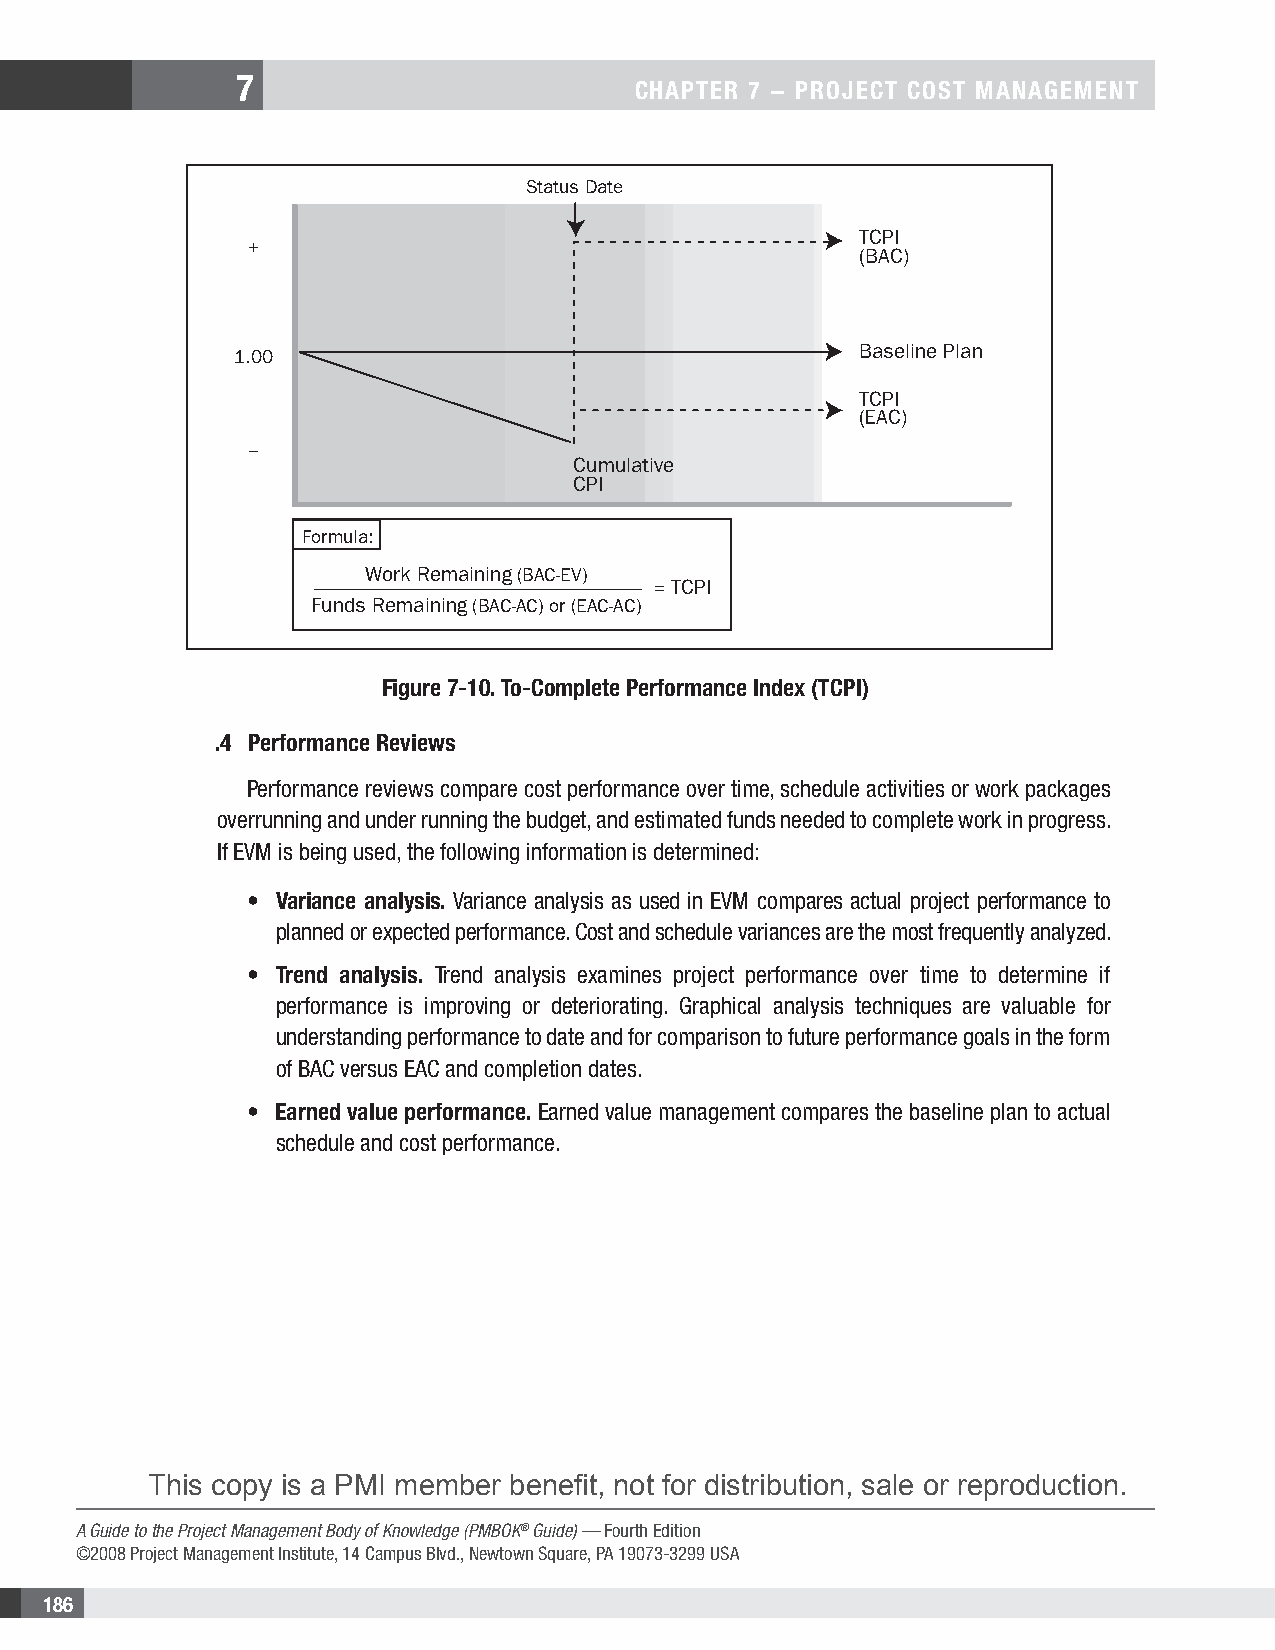
7
 CHAPTER 7 − PROjECT COsT MAnAgEMEnT
 Status Date
 TCPI
 +
 (BAC)
 Baseline Plan
 1.00
 TCPI
 (EAC)
 –
 Cumulative
 CPI
 Formula:
 Work Remaining (BAC-EV)
 = TCPI
 Funds Remaining (BAC-AC) or (EAC-AC)
 Figure 7-10. To-Complete Performance Index (TCPI)
 .4 Performance Reviews
 Performance reviews compare cost performance over time, schedule activities or work packages
 overrunning and under running the budget, and estimated funds needed to complete work in progress.
 If EVM is being used, the following information is determined:
 • Variance analysis. Variance analysis as used in EVM compares actual project performance to
 planned or expected performance. Cost and schedule variances are the most frequently analyzed.
 • Trend analysis. Trend analysis examines project performance over time to determine if
 performance is improving or deteriorating. Graphical analysis techniques are valuable for
 understanding performance to date and for comparison to future performance goals in the form
 of BAC versus EAC and completion dates.
 • Earned value performance. Earned value management compares the baseline plan to actual
 schedule and cost performance.
 This copy is a PMI member benefit, not for distribution, sale or reproduction.
 A Guide to the Project Management Body of Knowledge (PMBOK® Guide) — Fourth Edition
 ©2008 Project Management Institute, 14 Campus Blvd., Newtown Square, PA 19073-3299 USA
 186